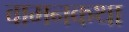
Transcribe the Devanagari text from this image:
वामनकथा